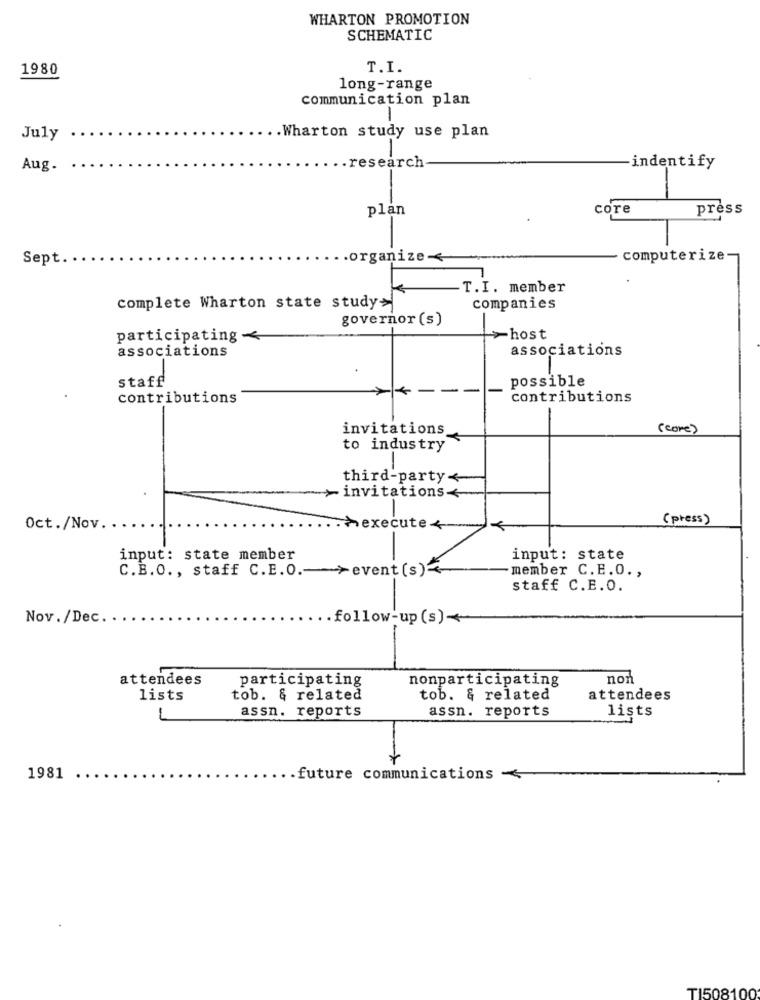
WHARTON PROMOTION
SCHEMATIC
1980
T.I.
long-range
communication plan
July
.. Wharton study use plan
Aug.
.. research
indentify
plan
core
press
Sept.
.organize-
computerize-
T.I. member
complete Wharton state study>
companies
governor (s)
participating -
>host
associations
associations
staff
possible
-
contributions
contributions
invitations
( core)
to industry
third-party<
- invitations+
(press)
Oct./Nov.
Mexecute <
input: state member
input: state
C.B.O ., staff C.E.O .-- >event(s)
-member C.E.O .,
staff C.E.O.
Nov./Dec.
follow-up(s)++
attendees
participating
nonparticipating
non
lists
tob. & related
tob. & related
attendees
-
assn. reports
assn. reports
lists
1981
.future communications -
TI508100